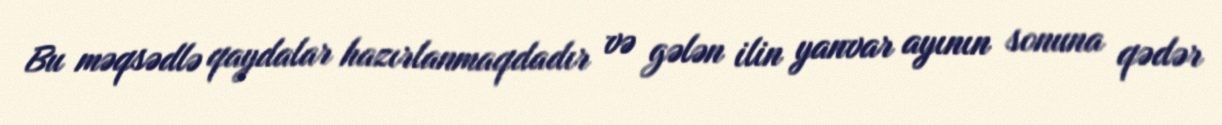
Bu məqsədlə qaydalar hazırlanmaqdadır və gələn ilin yanvar ayının sonuna qədər